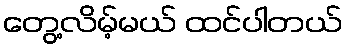
တွေ့လိမ့်မယ် ထင်ပါတယ်